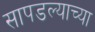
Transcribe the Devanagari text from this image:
सापडल्याच्या